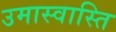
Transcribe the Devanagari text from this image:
उमास्वास्ति